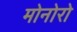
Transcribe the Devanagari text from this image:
मोनोरो